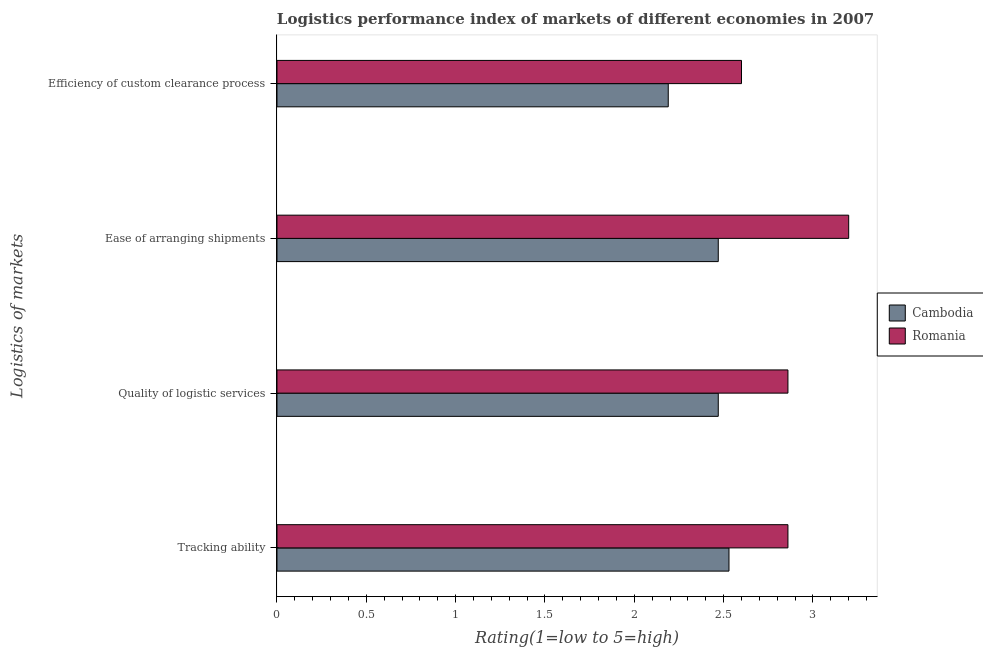
| Logistics of markets | Cambodia | Romania |
 | --- | --- | --- |
 | Tracking ability | 2.53 | 2.86 |
 | Quality of logistic services | 2.47 | 2.86 |
 | Ease of arranging shipments | 2.47 | 3.2 |
 | Efficiency of custom clearance process | 2.19 | 2.6 |